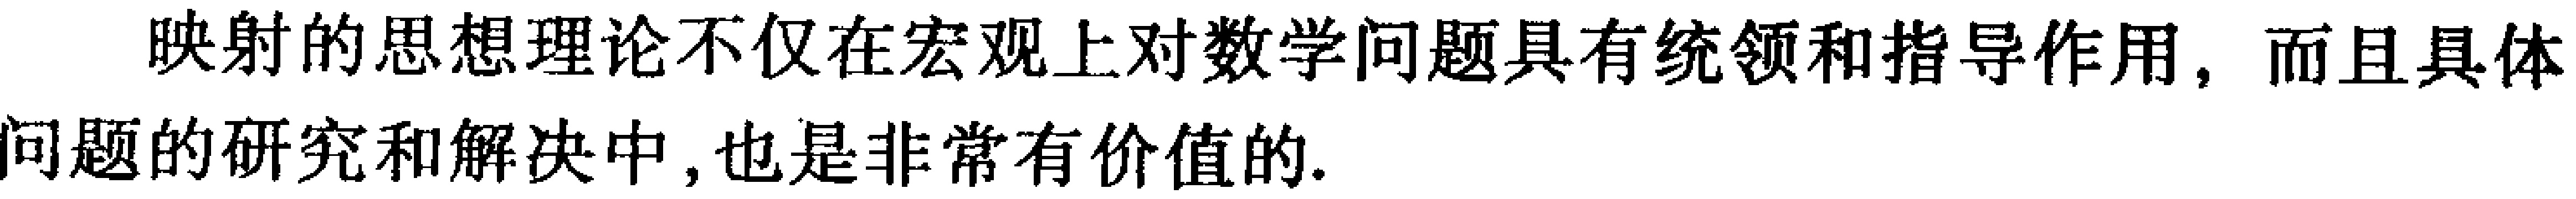
映射的思想理论不仅在宏观上对数学问题具有统领和指导作用，而且具体问题的研究和解决中,也是非常有价值的.